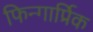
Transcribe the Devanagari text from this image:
फिन्गार्प्रिक